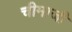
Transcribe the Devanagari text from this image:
चीमाजी